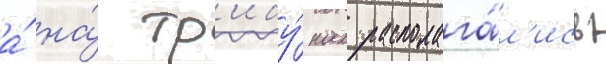
а́ на́ тр'ибу́нах располага́л'ись